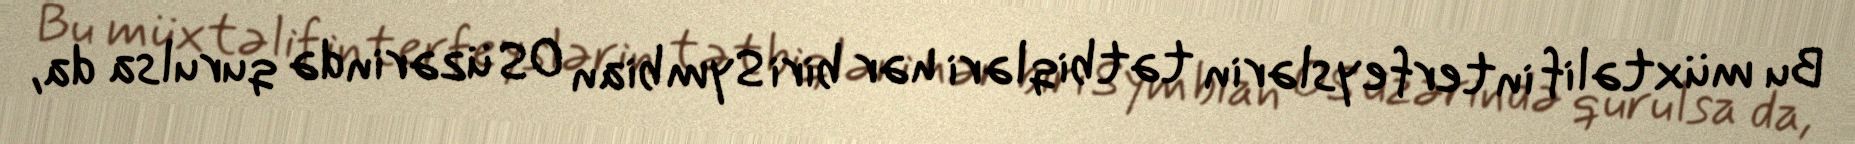
Bu müxtəlif interfeyslərin tətbiqləri hər biri Symbian OS üzərində qurulsa da,